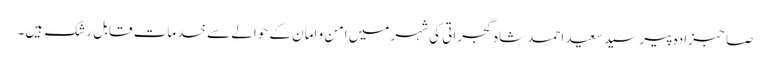
صاحبزادہ پیر سید سعید احمد شاہ گجراتی کی شہر میں امن و امان کے حوالے سے خدمات قابل رشک ہیں۔